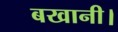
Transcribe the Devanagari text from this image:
बखानी।